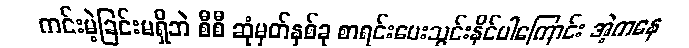
ကင်းမဲ့ခြင်းမရှိဘဲ စီစီ ဆုံမှတ်နှစ်ခု စာရင်းပေးသွင်းနိုင်ပါကြောင်း အဲ့ကနေ